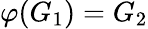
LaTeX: \varphi(G_{1})=G_{2}